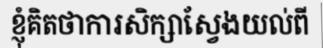
ខ្ញុំគិតថាការសិក្សាស្វែងយល់ពី